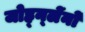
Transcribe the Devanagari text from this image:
जोह्न्लेंनों